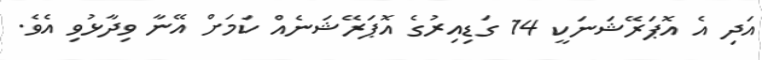
އަދި އެ އޮޕަރޭޝަނަކީ 14 ގަޑިއިރުގެ އޮޕަރޭޝަނެއް ކަމަށް އޭނާ ވިދާޅުވި އެވެ.